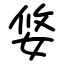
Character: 㛜